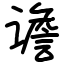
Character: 谵